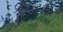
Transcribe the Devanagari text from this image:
लिखाणदेखील